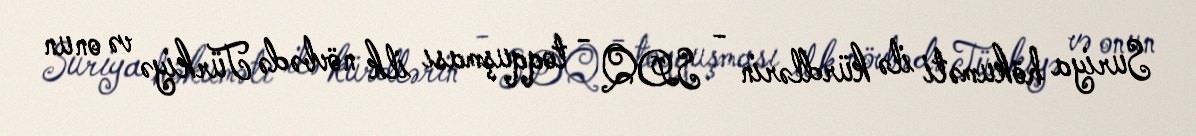
Suriya hökuməti ilə kürdlərin - SDQ - toqquşması ilk növbədə Türkiyə və onun